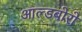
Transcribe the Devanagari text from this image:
आल्डबोरो